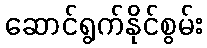
ဆောင်ရွက်နိုင်စွမ်း